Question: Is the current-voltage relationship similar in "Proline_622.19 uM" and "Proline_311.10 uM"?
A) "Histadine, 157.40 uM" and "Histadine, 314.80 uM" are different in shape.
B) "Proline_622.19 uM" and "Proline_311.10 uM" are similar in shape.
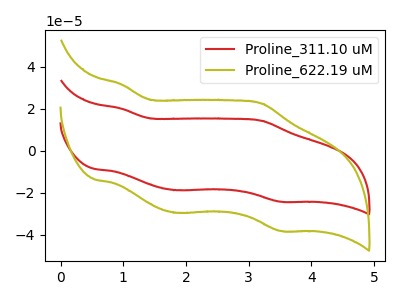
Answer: <think>The red curve "Proline_311.10 uM" has anodic peaks at (0.95V, 20.10uA) (3.20V, 14.30uA) and cathodic peaks at (1.85V, -18.75uA) (3.55V, -24.30uA). The olive curve "Proline_622.19 uM" has anodic peaks at (0.95V, 31.65uA) (3.20V, 22.50uA) and cathodic peaks at (1.85V, -29.55uA) (3.55V, -38.25uA).
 All the peaks in "Proline_622.19 uM" have a peak in "Proline_311.10 uM" at the same potential. Every peak in "Proline_622.19 uM" is higher than every peak in "Proline_311.10 uM".</think>
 <answer>B) "Proline_622.19 uM" and "Proline_311.10 uM" are similar in shape.</answer>
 <eval>B</eval>